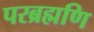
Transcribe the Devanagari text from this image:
परब्रह्मणि